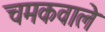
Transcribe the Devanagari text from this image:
चमकवाले